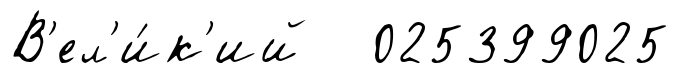
В'ел'и́к'ий 025399025